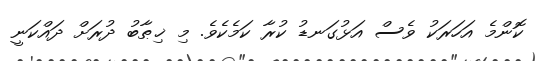
ކޮންމެ އަހަރަކު ވެސް އަޅުގަނޑު ކުރާ ކަމެކެވެ. މި ޚިޠާބު ދުރަށް ދައްކަނީ